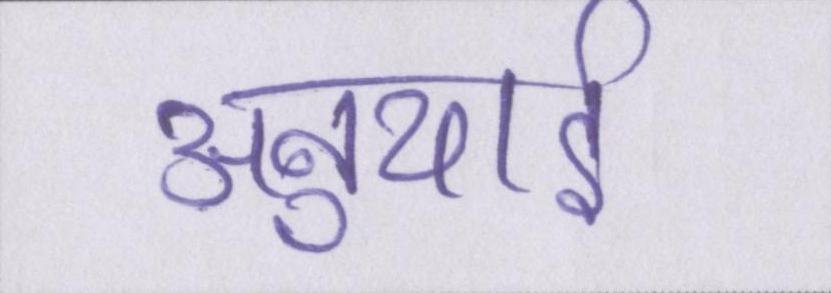
अनुयाई